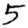
Digit: 5